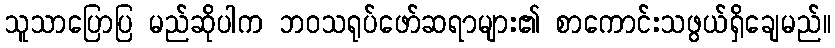
သူသာပြောပြ မည်ဆိုပါက ဘဝသရုပ်ဖော်ဆရာများ၏ စာကောင်းသဖွယ်ရှိချေမည်။